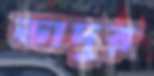
ভাদুর